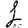
Digit: 1